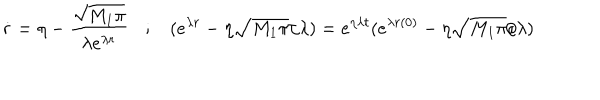
\dot { r } = \eta - \frac { \sqrt { M _ { 1 } \pi } } { \lambda e ^ { \lambda r } } \: \: \: \: ; \: \: \: \: ( e ^ { \lambda r } - \eta \sqrt { M _ { 1 } \pi } / \lambda ) = e ^ { \eta \lambda t } ( e ^ { \lambda r ( 0 ) } - \eta \sqrt { M _ { 1 } \pi } / \lambda )